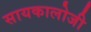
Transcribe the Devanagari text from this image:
सायकालोजी